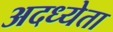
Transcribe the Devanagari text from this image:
अदध्येता